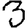
Digit: 3